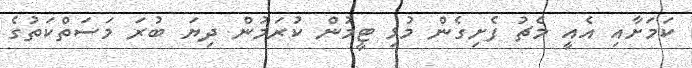
ކަމަށާއި އެއީ މެޗު ފެށިގެން މުޅި ޓީމުން ކުރަމުން ދިޔަ ބުރަ މަސަތްކަތުގެ